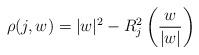
LaTeX: \begin{align*}\rho(j,w) = |w|^2 - R_{j}^2\left(\frac{w}{|w|}\right)\end{align*}